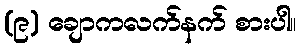
(၉) ချောကလက်နက် စားပါ။